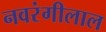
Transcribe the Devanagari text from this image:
नवरंगीलाल